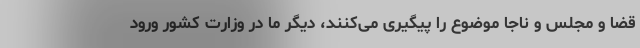
قضا و مجلس و ناجا موضوع را پیگیری می‌کنند، دیگر ما در وزارت کشور ورود